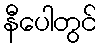
နီပေါတွင်